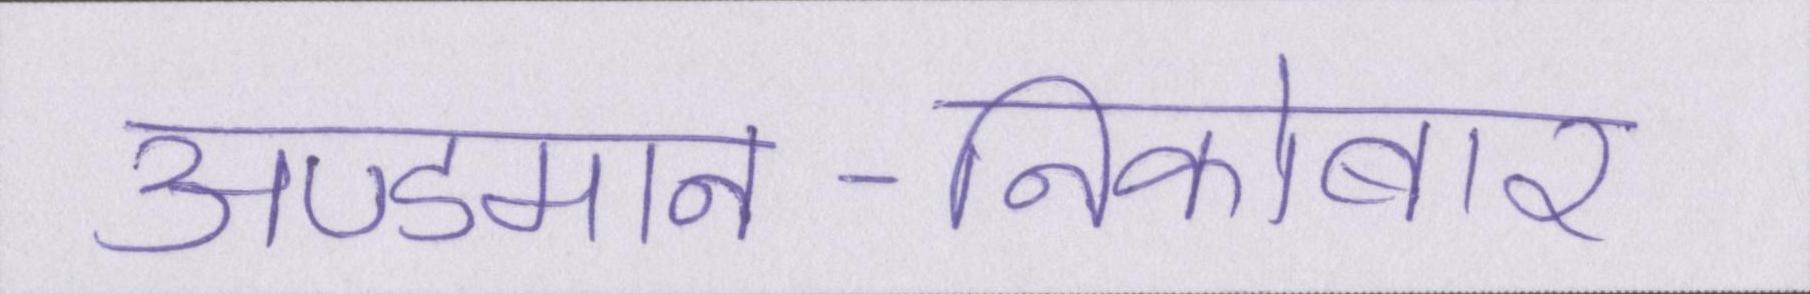
अण्डमान-निकोबार